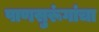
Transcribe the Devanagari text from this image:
पाणसुरूंगांचा